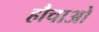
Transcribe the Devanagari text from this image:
हौचाओ